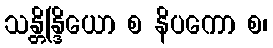
သန္တိန္ဒြိယော စ နိပကော စ၊